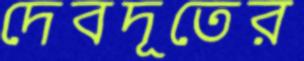
দেবদূতের